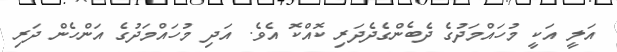
އަލީ އަކީ މުހައްމަދުގެ ދެބެންގެދެދަރި ކޮއްކޮ އެވެ. އަދި މުހައްމަދުގެ އަންހެން ދަރި